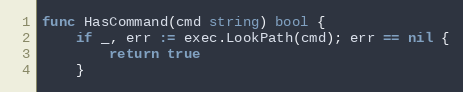
Language: Go
func HasCommand(cmd string) bool {
	if _, err := exec.LookPath(cmd); err == nil {
		return true
	}